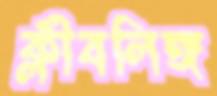
ক্লীবলিঙ্গ